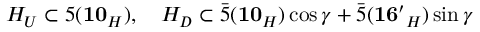
H _ { U } \subset 5 ( { \bf 1 0 } _ { H } ) , \quad H _ { D } \subset \bar { 5 } ( { \bf 1 0 } _ { H } ) \cos \gamma + \bar { 5 } ( { \bf 1 6 ^ { \prime } } _ { H } ) \sin \gamma